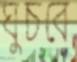
ঘুচবে